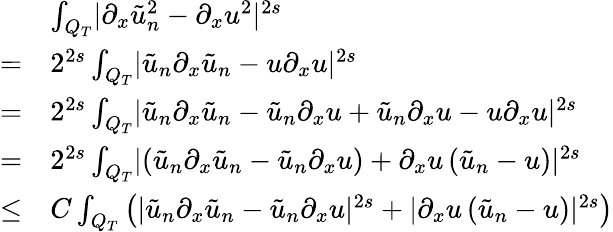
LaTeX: \begin{array}{rl}&{\int_{Q_{T}}\lvert\partial_{x}\tilde{u}_{n}^{2}-\partial_{x}u^{2}\rvert^{2s}}\\ {=}&{2^{2s}\int_{Q_{T}}\lvert\tilde{u}_{n}\partial_{x}\tilde{u}_{n}-u\partial_{x}u\rvert^{2s}}\\ {=}&{2^{2s}\int_{Q_{T}}\lvert\tilde{u}_{n}\partial_{x}\tilde{u}_{n}-\tilde{u}_{n}\partial_{x}u+\tilde{u}_{n}\partial_{x}u-u\partial_{x}u\rvert^{2s}}\\ {=}&{2^{2s}\int_{Q_{T}}\lvert\left(\tilde{u}_{n}\partial_{x}\tilde{u}_{n}-\tilde{u}_{n}\partial_{x}u\right)+\partial_{x}u\left(\tilde{u}_{n}-u\right)\rvert^{2s}}\\ {\leq}&{C\int_{Q_{T}}\left(\lvert\tilde{u}_{n}\partial_{x}\tilde{u}_{n}-\tilde{u}_{n}\partial_{x}u\rvert^{2s}+\lvert\partial_{x}u\left(\tilde{u}_{n}-u\right)\rvert^{2s}\right)}\end{array}